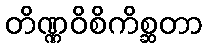
တိဏ္ဏဝိစိကိစ္ဆတာ